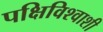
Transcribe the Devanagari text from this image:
पक्षिविश्वाशी